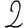
Digit: 2